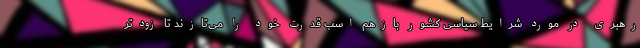
رهبری در مورد شرایط سیاسی کشور بازهم اسب قدرت خود را می‌تازند تا زودتر